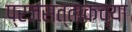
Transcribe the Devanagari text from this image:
प्रजसत्ताकच्या